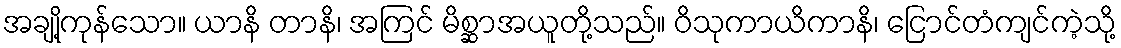
အချို့ကုန်သော။ ယာနိ တာနိ၊ အကြင် မိစ္ဆာအယူတို့သည်။ ဝိသုကာယိကာနိ၊ ငြောင်တံကျင်ကဲ့သို့